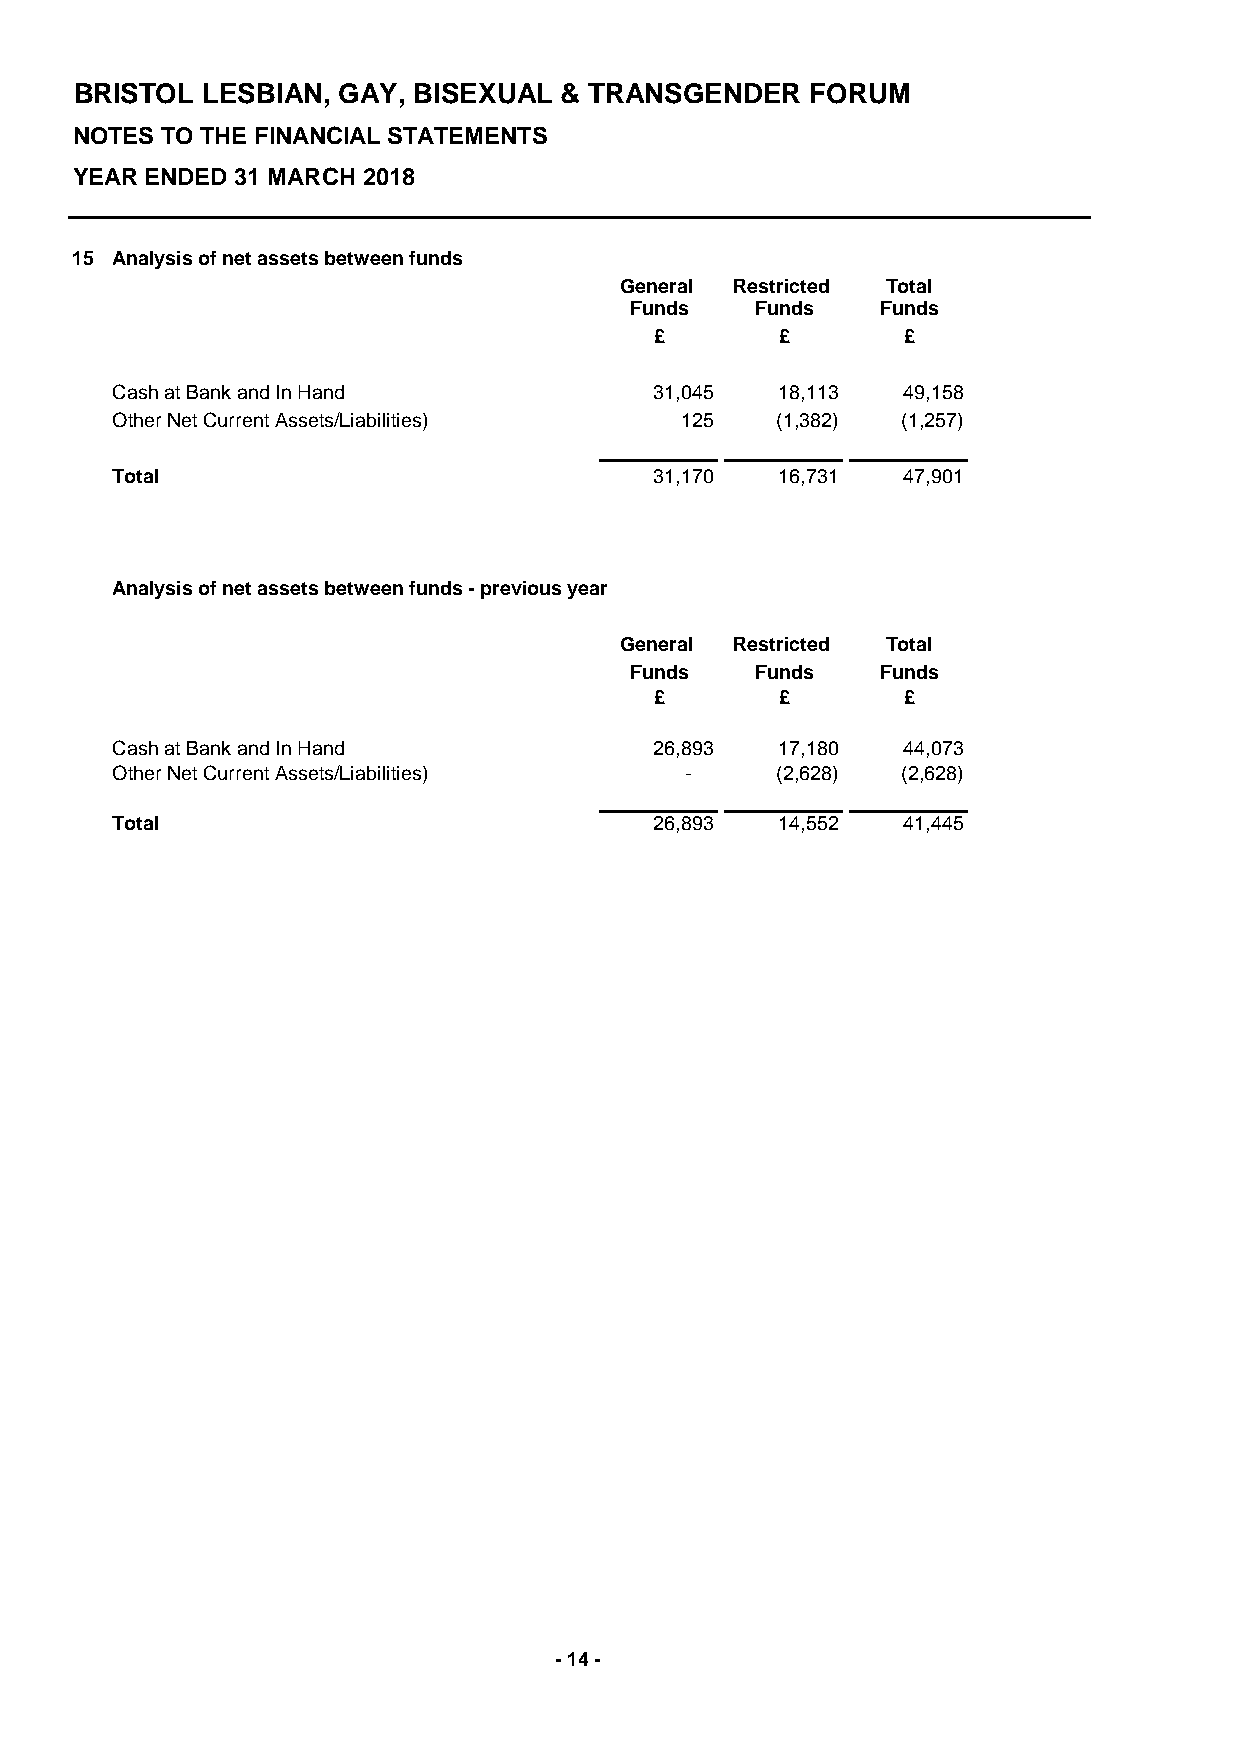
BRISTOL LESBIAN, GAY, BISEXUAL  & TRANSGENDER    FORUM
 NOTES TO THE FINANCIAL STATEMENTS
 YEAR ENDED 31 MARCH 2018
 15 Analysis of net assets between funds
 General Restricted Total
 Funds   Funds   Funds
 £        £       £
 Cash at Bank and In Hand            31,045  18,113   49,158
 Other Net Current Assets/Liabilities) 125   (1,382)  (1,257)
 Total                               31,170  16,731   47,901
 Analysis of net assets between funds - previous year
 General Restricted Total
 Funds   Funds   Funds
 £        £       £
 Cash at Bank and In Hand            26,893  17,180   44,073
 Other Net Current Assets/Liabilities) -     (2,628)  (2,628)
 Total                               26,893  14,552   41,445
 - 14 -